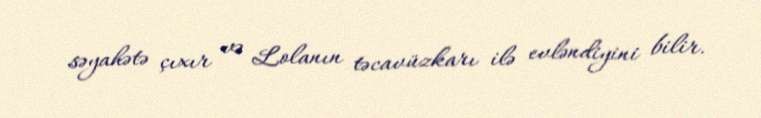
səyahətə çıxır və Lolanın təcavüzkarı ilə evləndiyini bilir.